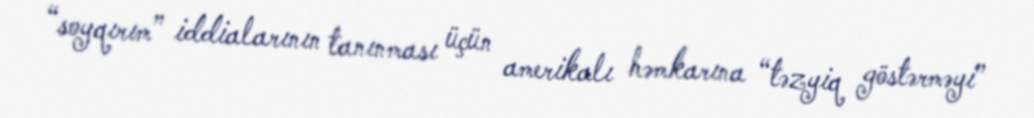
“soyqırım” iddialarının tanınması üçün amerikalı həmkarına “təzyiq göstərməyi”